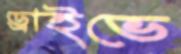
ড্রাইভে